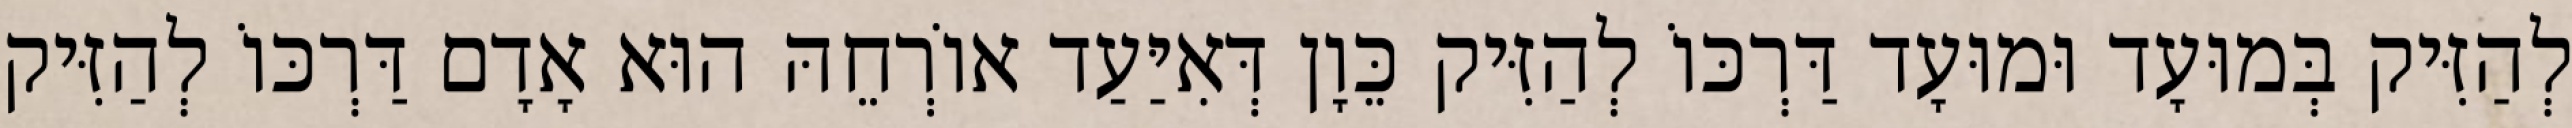
לְהַזִּיק בְּמוּעָד וּמוּעָד דַּרְכּוֹ לְהַזִּיק כֵּוָן דְּאִיַּעַד אוֹרְחֵהּ הוּא אָדָם דַּרְכּוֹ לְהַזִּיק